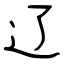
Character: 辽